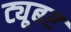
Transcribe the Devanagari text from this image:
ट्यूबर